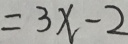
= 3 x - 2